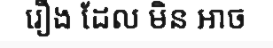
រឿង ដែល មិន អាច